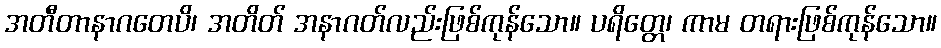
အတီတာနာဂတေပိ၊ အတိတ် အနာဂတ်လည်းဖြစ်ကုန်သော။ ပရိတ္တေ၊ ကာမ တရားဖြစ်ကုန်သော။